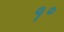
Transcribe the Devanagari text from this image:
१॰